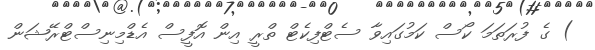
) ގެ ފުރަތަމަ ކޯސް ކަމުގައިވާ ސެޓްފިކެޓް ތްރީ އިން އޮފީސް އެޑްމިނިސްޓްރޭޝަން